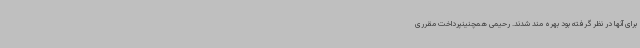
برای آنها در نظر گرفته بود بهره مند شدند. رحیمی همچنینپرداخت مقرری